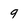
Character: 9